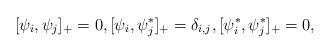
LaTeX: \begin{align*} [ \psi_i, \psi_j ]_+ = 0, [ \psi_i, \psi_j^\ast ]_+ = \delta_{i,j}, [\psi_i^\ast, \psi_j^\ast]_+ = 0, \end{align*}